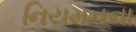
નિયમનના